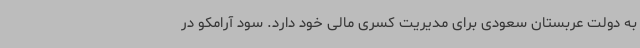
به دولت عربستان سعودی برای مدیریت کسری مالی خود دارد. سود آرامکو در